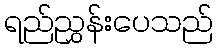
ရည်ညွှန်းပေသည်